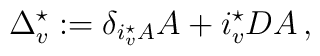
\Delta_v^{\star} := \delta_{i_v^{\star} A} A + i_v^{\star} DA\,,